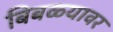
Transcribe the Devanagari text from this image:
बिबळ्यावर